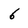
Character: 6